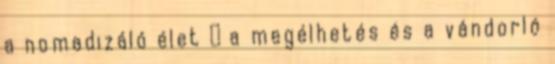
a nomadizáló élet  a megélhetés és a vándorló